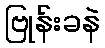
ဗြုန်းခနဲ